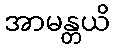
အာမန္တယိ